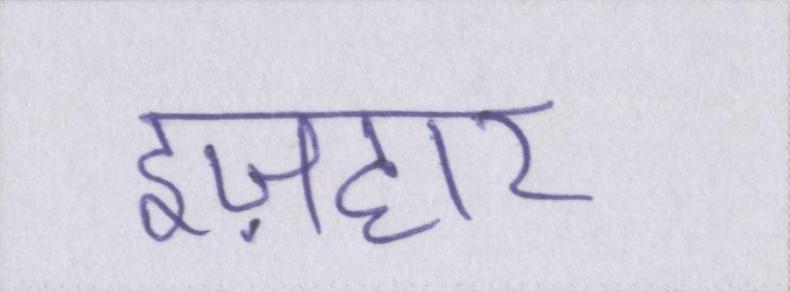
इज़हार